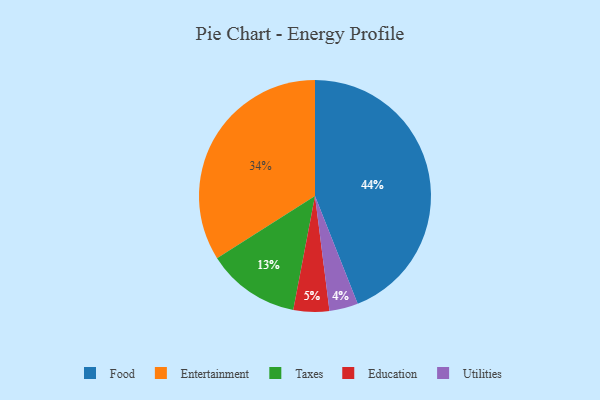
{"axis": {"x": "Category", "y": "Percentage"}, "legend": ["Education", "Entertainment", "Food", "Taxes", "Utilities"], "data": [{"x": "Entertainment", "y": 34, "type": "Entertainment"}, {"x": "Food", "y": 44, "type": "Food"}, {"x": "Education", "y": 5, "type": "Education"}, {"x": "Taxes", "y": 13, "type": "Taxes"}, {"x": "Utilities", "y": 4, "type": "Utilities"}]}